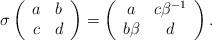
LaTeX: \begin{align*}\sigma\left(\begin{array}{cc}a & b \\c & d\end{array}\right)=\left(\begin{array}{cc}a & c\beta^{-1} \\b\beta & d\end{array}\right).\end{align*}